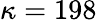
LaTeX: \kappa=198